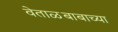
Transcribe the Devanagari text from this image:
वेताळबाबाच्या